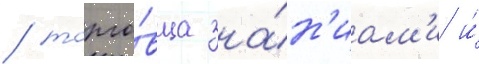
/ торго́вца зна́н'иам'и и́